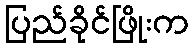
ပြည်ခိုင်ဖြိုးက